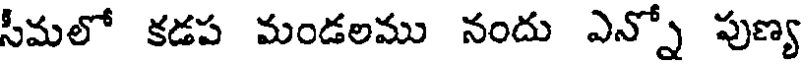
సీమలో కడప మండలము నందు ఎన్నో పుణ్య